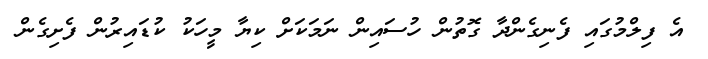
އެ ފިލްމުގައި ފެނިގެންދާ ގޮތުން ހުސައިން ނަމަކަށް ކިޔާ މީހަކު ކުޑައިރުން ފެށިގެން